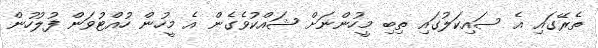
ތެރޭގައި އެ ސައިކަލުގައި ތިބި މީހުންނަށް ޝައްކުވެގެން އެ މީހުން ހުއްޓުވަން ފުލުހުން